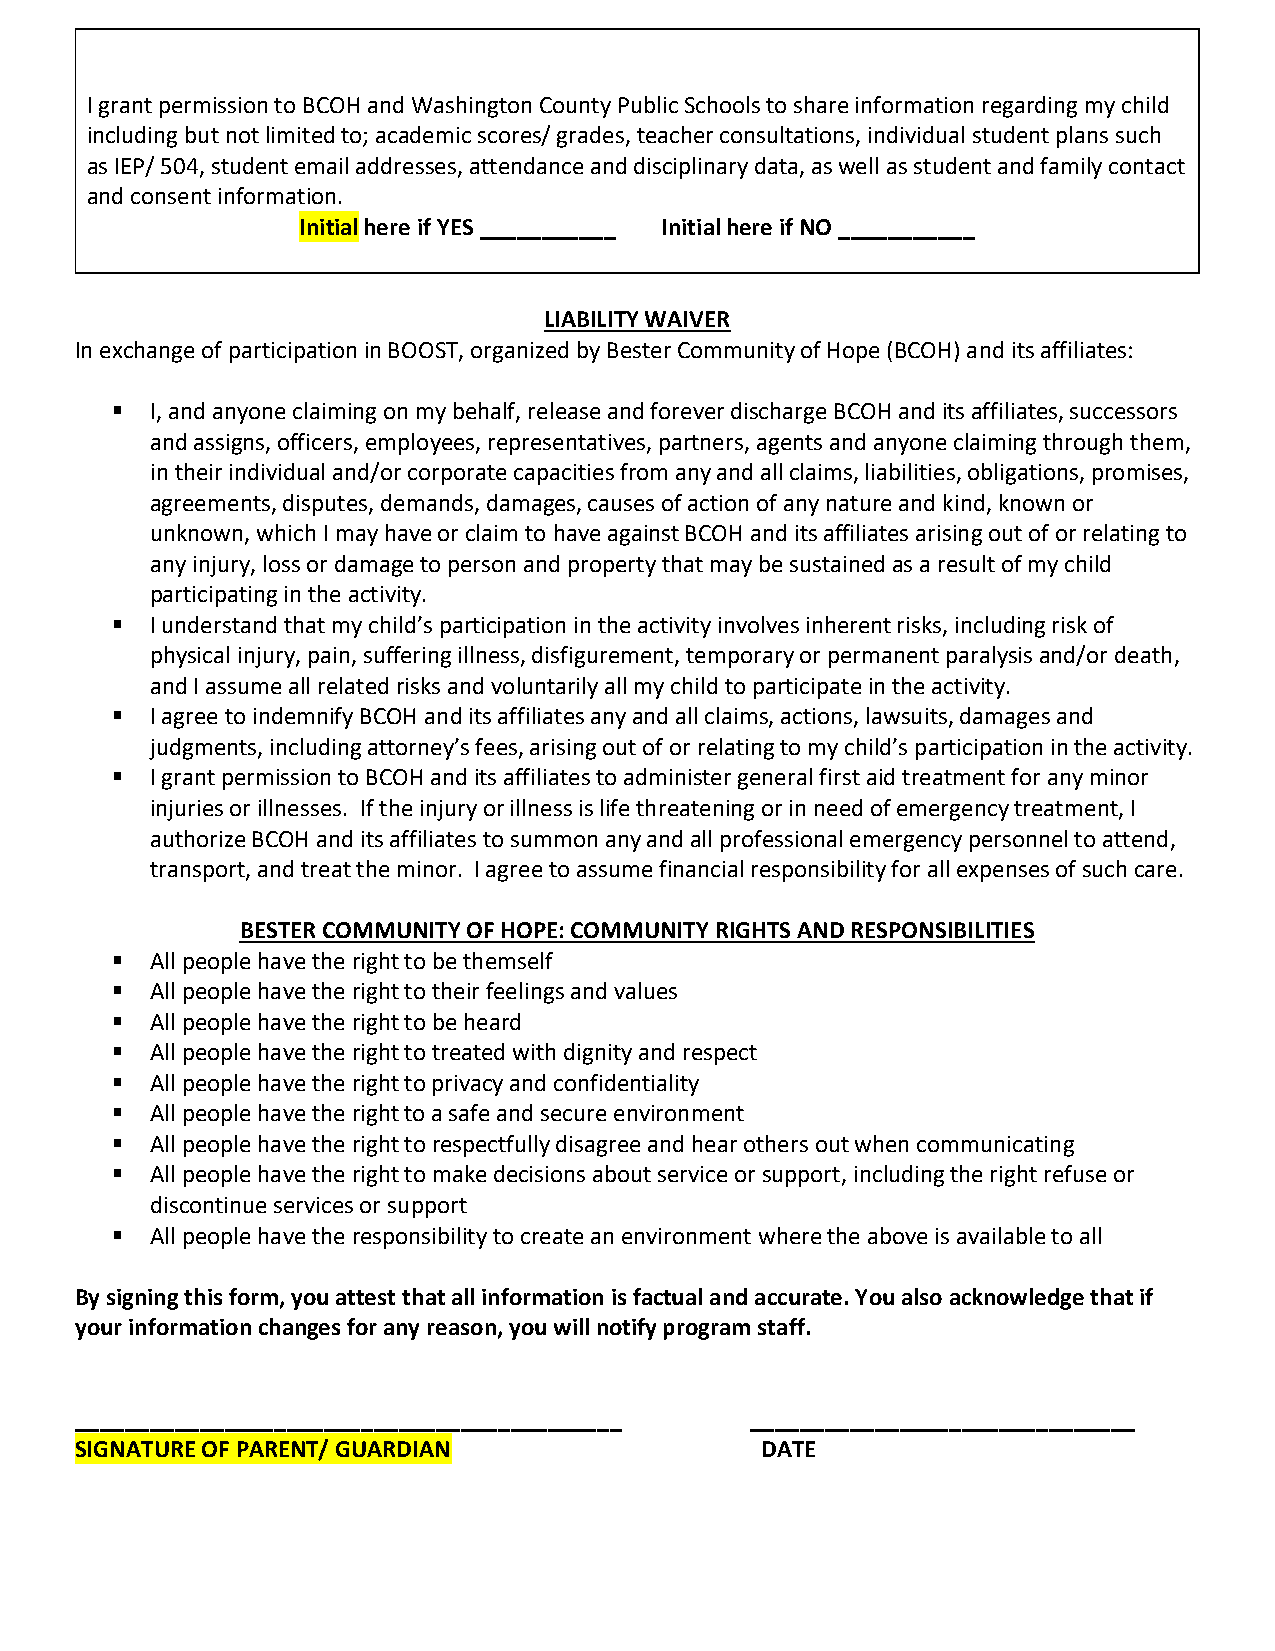
I grant permission to BCOH and Washington County Public Schools to share information regarding my child
 including but not limited to; academic scores/ grades, teacher consultations, individual student plans such
 as IEP/ 504, student email addresses, attendance and disciplinary data, as well as student and family contact
 and consent information.
 Initial here if YES ___________ Initial here if NO ___________
 LIABILITY WAIVER
 In exchange of participation in BOOST, organized by Bester Community of Hope (BCOH) and its affiliates:
   I, and anyone claiming on my behalf, release and forever discharge BCOH and its affiliates, successors
 and assigns, officers, employees, representatives, partners, agents and anyone claiming through them,
 in their individual and/or corporate capacities from any and all claims, liabilities, obligations, promises,
 agreements, disputes, demands, damages, causes of action of any nature and kind, known or
 unknown, which I may have or claim to have against BCOH and its affiliates arising out of or relating to
 any injury, loss or damage to person and property that may be sustained as a result of my child
 participating in the activity.
   I understand that my child’s participation in the activity involves inherent risks, including risk of
 physical injury, pain, suffering illness, disfigurement, temporary or permanent paralysis and/or death,
 and I assume all related risks and voluntarily all my child to participate in the activity.
   I agree to indemnify BCOH and its affiliates any and all claims, actions, lawsuits, damages and
 judgments, including attorney’s fees, arising out of or relating to my child’s participation in the activity.
   I grant permission to BCOH and its affiliates to administer general first aid treatment for any minor
 injuries or illnesses. If the injury or illness is life threatening or in need of emergency treatment, I
 authorize BCOH and its affiliates to summon any and all professional emergency personnel to attend,
 transport, and treat the minor. I agree to assume financial responsibility for all expenses of such care.
 BESTER COMMUNITY OF HOPE: COMMUNITY RIGHTS AND RESPONSIBILITIES
   All people have the right to be themself
   All people have the right to their feelings and values
   All people have the right to be heard
   All people have the right to treated with dignity and respect
   All people have the right to privacy and confidentiality
   All people have the right to a safe and secure environment
   All people have the right to respectfully disagree and hear others out when communicating
   All people have the right to make decisions about service or support, including the right refuse or
 discontinue services or support
   All people have the responsibility to create an environment where the above is available to all
 By signing this form, you attest that all information is factual and accurate. You also acknowledge that if
 your information changes for any reason, you will notify program staff.
 ____________________________________________ _______________________________
 SIGNATURE OF PARENT/ GUARDIAN                DATE